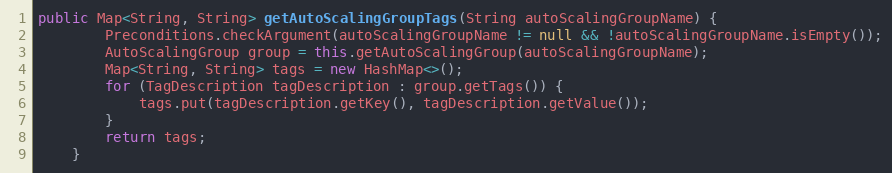
Language: Java
public Map<String, String> getAutoScalingGroupTags(String autoScalingGroupName) {
        Preconditions.checkArgument(autoScalingGroupName != null && !autoScalingGroupName.isEmpty());
        AutoScalingGroup group = this.getAutoScalingGroup(autoScalingGroupName);
        Map<String, String> tags = new HashMap<>();
        for (TagDescription tagDescription : group.getTags()) {
            tags.put(tagDescription.getKey(), tagDescription.getValue());
        }
        return tags;
    }